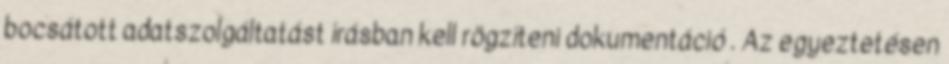
bocsátott adatszolgáltatást írásban kell rögzíteni dokumentáció . Az egyeztetésen